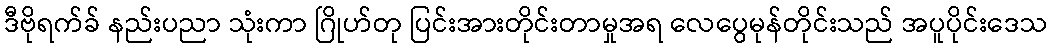
ဒီဗိုရက်ခ် နည်းပညာ သုံးကာ ဂြိုဟ်တု ပြင်းအားတိုင်းတာမှုအရ လေပွေမုန်တိုင်းသည် အပူပိုင်းဒေသ